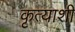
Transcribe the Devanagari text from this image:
कृत्याशी